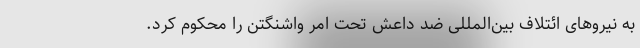
به نیروهای ائتلاف بین‌المللی ضد داعش تحت امر واشنگتن را محکوم کرد.